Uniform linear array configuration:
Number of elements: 16
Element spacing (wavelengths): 1
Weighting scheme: binomial
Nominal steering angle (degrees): -15
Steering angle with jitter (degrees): -14.048
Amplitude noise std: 0.05
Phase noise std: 0.05

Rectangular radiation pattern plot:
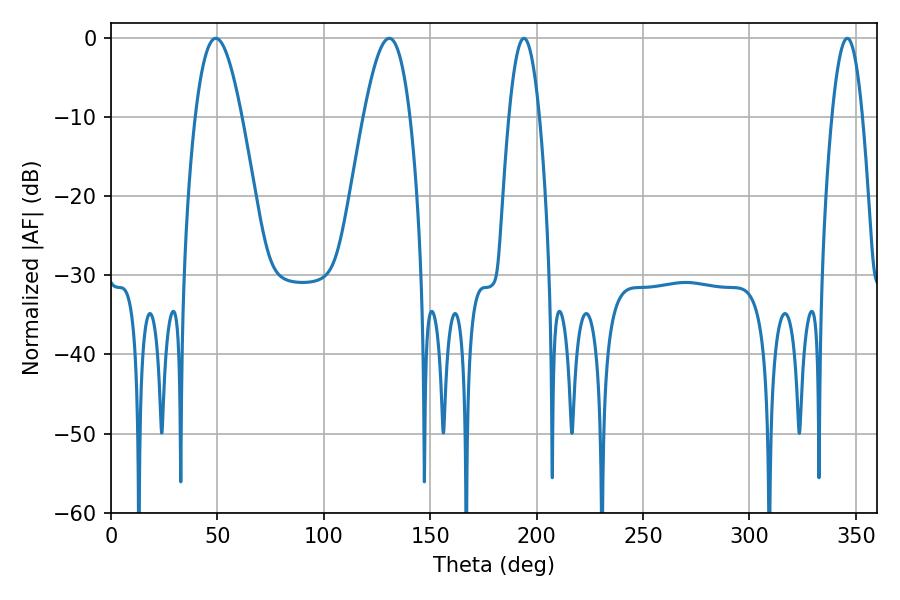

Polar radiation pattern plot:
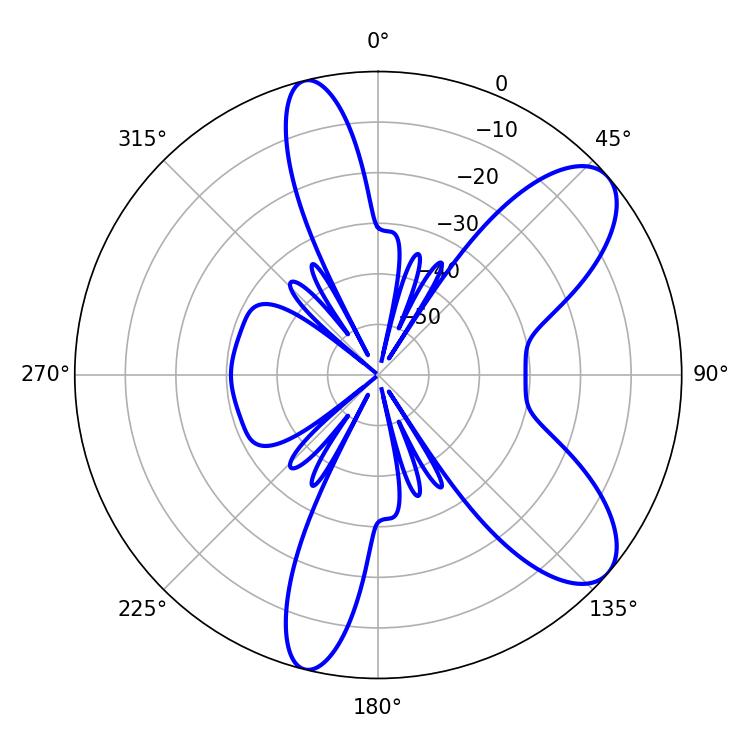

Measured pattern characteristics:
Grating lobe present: TRUE
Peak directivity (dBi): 8.686
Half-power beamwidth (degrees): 7.92
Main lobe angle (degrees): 194.04